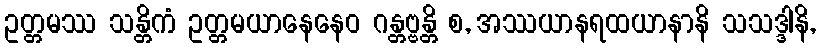
ဥတ္တမဿ သန္တိကံ ဥတ္တမယာနေနေဝ ဂန္တဗ္ဗန္တိ စ, အဿယာနရထယာနာနိ သသဒ္ဒါနိ,